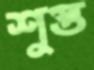
শুপ্ত